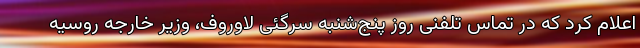
اعلام کرد که در تماس تلفنی روز پنج‌شنبه سرگئی لاوروف، وزیر خارجه روسیه